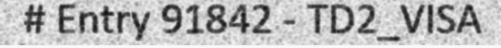
# Entry 91842 - TD2_VISA